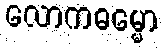
လောကဓမ္မော